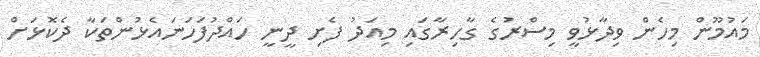
މައުމޫން މިހެން ވިދާޅުވީ މިސްރުގެ ގާހިރާގައި މިއަދު ފެށި ދީނީ ހައްދުފަހަނައެޅުންތަކާ ދެކޮޅަށް